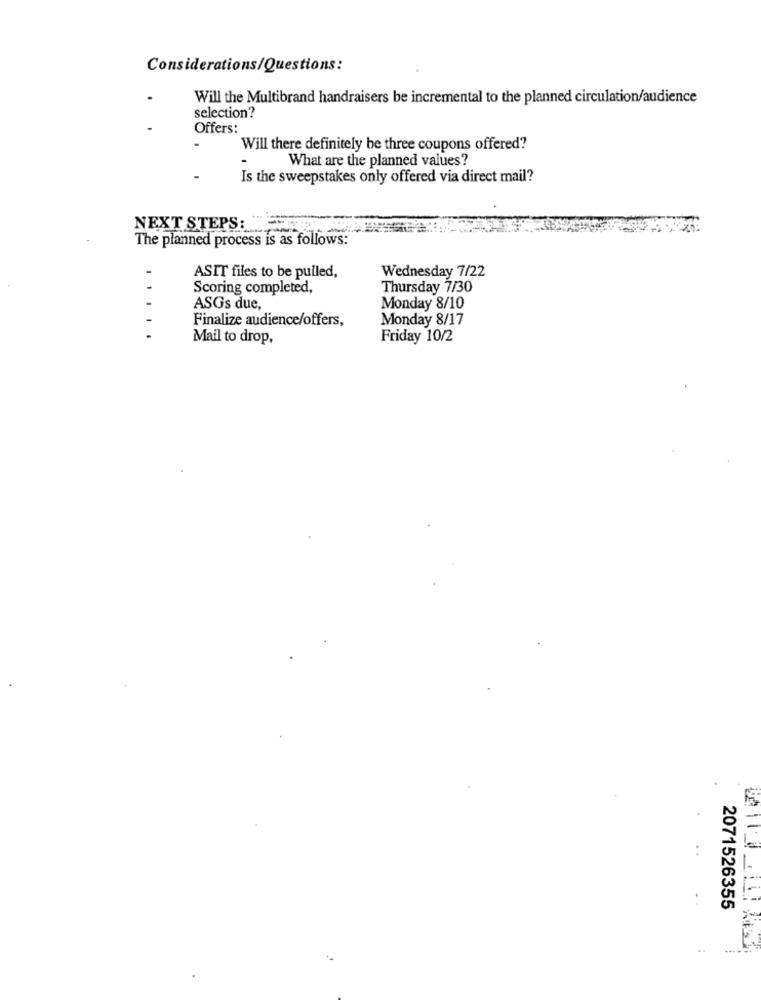
Considerations/Questions:
Will the Multibrand handraisers be incremental to the planned circulation/audience
selection?
Offers:
Will there definitely be three coupons offered?
What are the planned values?
Is the sweepstakes only offered via direct mail?
NEXT STEPS:
The planned process is as follows:
Wednesday 7/22
ASIT files to be pulled,
Scoring completed,
Thursday 7/30
ASGs due,
Monday 8/10
Finalize audience/offers,
Monday 8/17
Mail to drop,
Friday 10/2
2071526355